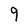
Character: 9